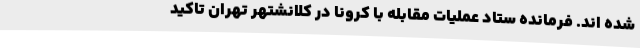
شده اند. فرمانده ستاد عملیات مقابله با کرونا در کلانشتهر تهران تاکید